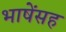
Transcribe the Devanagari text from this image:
भाषेंसह